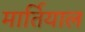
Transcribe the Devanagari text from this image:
मार्तियाल